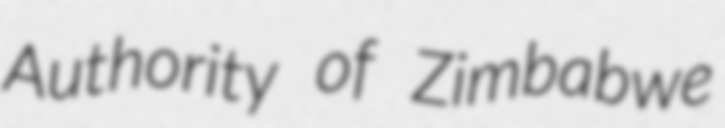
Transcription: Authority of Zimbabwe